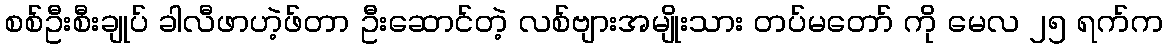
စစ်ဦးစီးချုပ် ခါလီဖာဟဲ့ဖ်တာ ဦးဆောင်တဲ့ လစ်ဗျားအမျိုးသား တပ်မတော် ကို မေလ ၂၅ ရက်က